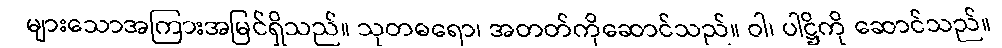
များသောအကြားအမြင်ရှိသည်။ သုတဓရော၊ အတတ်ကိုဆောင်သည်။ ဝါ၊ ပါဋ္ဌိကို ဆောင်သည်။